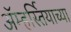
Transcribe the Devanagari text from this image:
ॲम्हर्स्तियाच्या